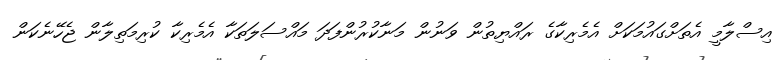
އިސްލާމީ އެތަށްގައުމަކަށް އެމެރިކާގެ ރައްޔިތުން ވަނުން މަނާކުރުންފަދަ މައްސަލަތަކާ އެމެރިކާ ކުރިމަތިލާން ޖެހޭނެކަން